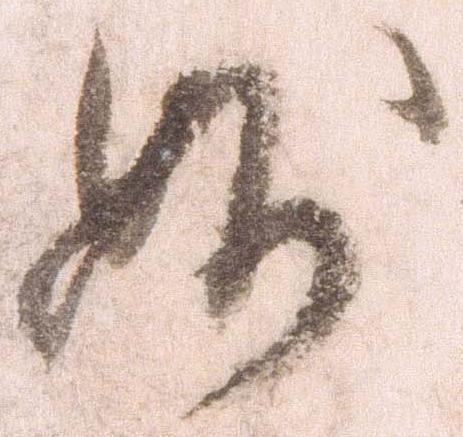
妙